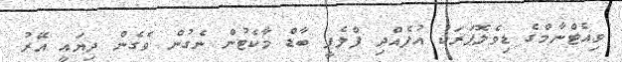
ވިއެޓްނާމްގެ ޑިވެލޮޕަރަކު އުފެއްދި ފްލެޕީ ބާޑް މާކެޓުން ނެގުން ވެގެން ދިޔައީ އޭރު